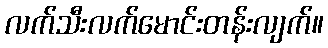
လက်သီးလက်မောင်းတန်းလျက်။